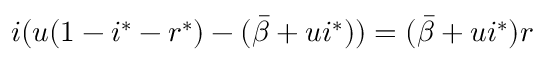
i ( u ( 1 - i ^ { * } - r ^ { * } ) - ( \bar { \beta } + u i ^ { * } ) ) = ( \bar { \beta } + u i ^ { * } ) r